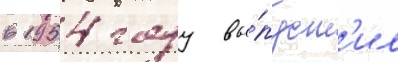
в 1954 году вы́пуст'ил